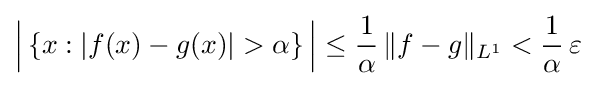
{\Bigl |}\left\{x:|f(x)-g(x)|>\alpha \right\}{\Bigr |}\leq {\frac {1}{\alpha }}\,\|f-g\|_{L^{1}}<{\frac {1}{\alpha }}\,\varepsilon